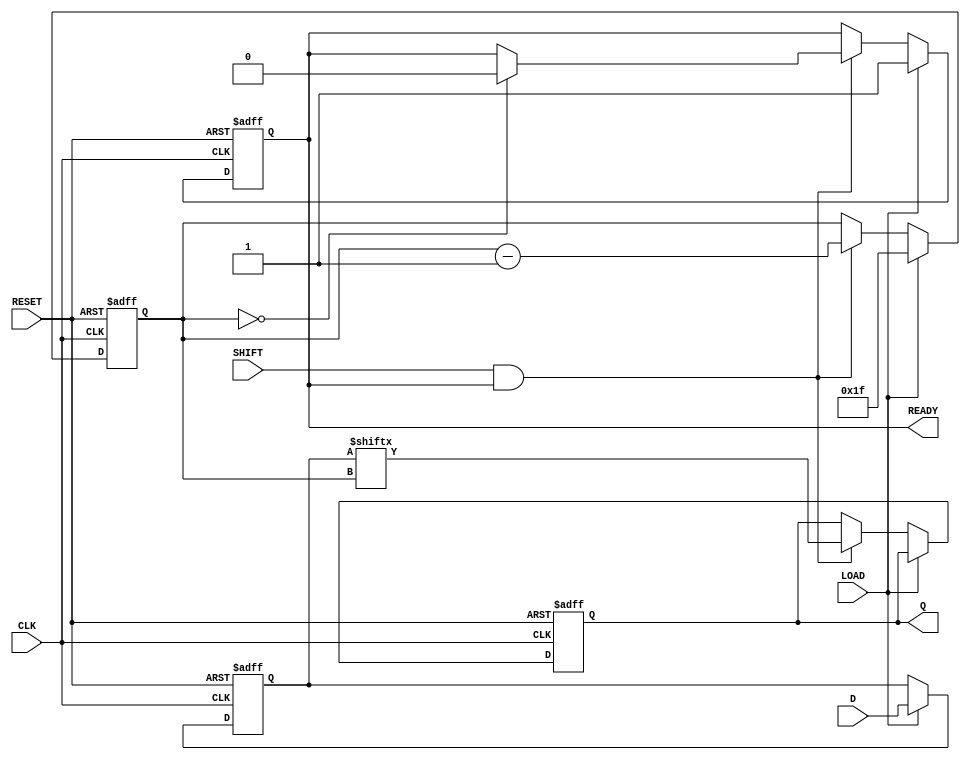
module PISO_Register (
    input wire [31:0] D,       // 32-bit data input
    input wire LOAD,           // Load control signal
    input wire SHIFT,          // Shift control signal
    input wire CLK,            // Clock signal
    input wire RESET,          // Asynchronous reset signal
    output reg Q,              // Serial output
    output reg READY           // Data ready signal
);

    reg [31:0] storage_reg;    // Storage register for parallel data
    reg [5:0] bit_count;       // Counter for shifted bits

    // Asynchronous reset
    always @(posedge CLK or posedge RESET) begin
        if (RESET) begin
            storage_reg <= 32'b0; // Clear storage register
            Q <= 1'b0;            // Clear serial output
            bit_count <= 6'b0;    // Reset bit counter
            READY <= 1'b0;        // Clear READY signal
        end else begin
            if (LOAD) begin
                storage_reg <= D;  // Load data into storage register
                bit_count <= 6'd31; // Set bit count to 31 (MSB)
                READY <= 1'b1;     // Indicate data is ready to shift
            end else if (SHIFT && READY) begin
                Q <= storage_reg[bit_count]; // Output the current MSB
                bit_count <= bit_count - 1; // Decrement bit counter
                if (bit_count == 6'b0) begin
                    READY <= 1'b0; // Clear READY signal when done shifting
                end
            end
        end
    end

endmodule